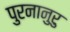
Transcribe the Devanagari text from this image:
पुरनानुरु